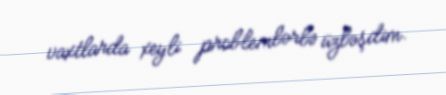
vaxtlarda xeyli problemlərlə üzləşdim.